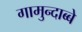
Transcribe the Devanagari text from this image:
गामुन्दाब्बे